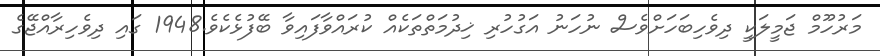
މަރުހޫމް ޖަމީލަކީ ދިވެހިބަހަށްވެސް ނުހަނު އަގުހުރި ޚިދުމަތްތަކެއް ކުރައްވާފައިވާ ބޭފުޅެކެވެ.1948 ގައި ދިވެހިރާއްޖޭގެ